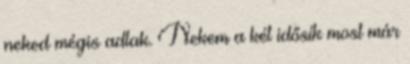
neked mégis adtak. Nekem a két idősík most már